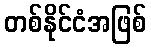
တစ်နိုင်ငံအဖြစ်